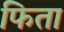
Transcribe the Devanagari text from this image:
फिता